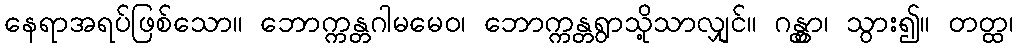
နေရာအရပ်ဖြစ်သော။ ဘောက္ကန္တဂါမမေဝ၊ ဘောက္ကန္တရွာသို့သာလျှင်။ ဂန္တွာ၊ သွား၍။ တတ္ထ၊